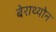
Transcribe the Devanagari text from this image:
बेराथ्योन